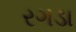
રગડા